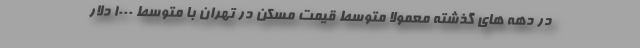
در دهه های گذشته معمولا متوسط قیمت مسکن در تهران با متوسط ۱۰۰۰ دلار